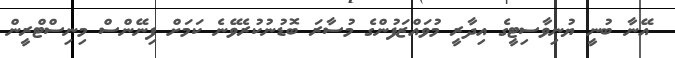
އޭނާ ބުނީ ޔުނިވާސިޓީގެ އިދާރީ މުވައްޒަފުންގެ މުސާރަ ބޮޑުނުކުރެވޭނެ ކަމަށް ފިނޭންސް މިނިސްޓްރީން